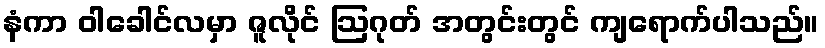
နံကာ ဝါခေါင်လမှာ ဇူလိုင် ဩဂုတ် အတွင်းတွင် ကျရောက်ပါသည်။